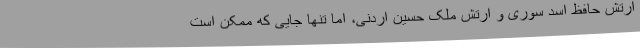
ارتش حافظ اسد سوری و ارتش ملک حسین اردنی، اما تنها جایی که ممکن است